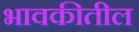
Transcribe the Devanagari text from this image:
भावकीतील